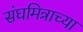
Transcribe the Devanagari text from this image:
संघमित्राच्या